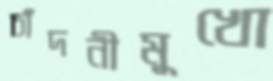
চাঁদনীমুখো